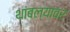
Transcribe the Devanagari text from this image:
थांबल्यावर